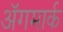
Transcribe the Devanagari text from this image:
अॅगमार्क